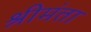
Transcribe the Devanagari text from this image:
श्रीमंता